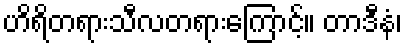
ဟိရိတရားသီလတရားကြောင့်။ တာဒီနံ၊